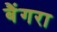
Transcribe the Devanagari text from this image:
बैंगरा